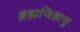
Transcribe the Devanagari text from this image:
ब्रह्मजिज्ञासु